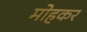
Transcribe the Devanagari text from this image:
मोहकर